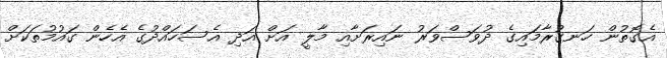
އެގޮތުން ހަނގުރާމައިގެ ދުވަސްވަރު ނައިރަށާއި މާލީ އަށް އަދި އެސަހައްދުގެ އެހެން ގައުމުތަކަށް